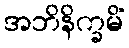
အဘိနိက္ခမိံ